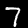
Label: 7